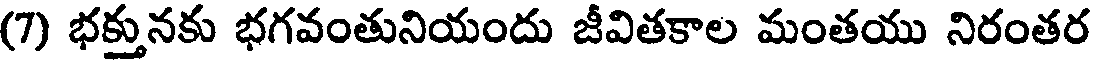
(7) భక్తునకు భగవంతునియందు జీవితకాల మంతయు నిరంతర